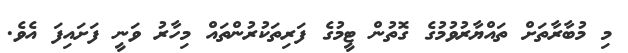
މި މުބާރާތަށް ތައްޔާރުވުމުގެ ގޮތުން ޓީމުގެ ފަރިތަކުރުންތައް މިހާރު ވަނީ ފަށައިފަ އެވެ.